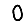
Digit: 0